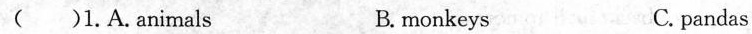
( )1.A.Animals B.monkeys C. pandas